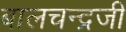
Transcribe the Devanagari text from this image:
बालचन्द्रजी